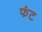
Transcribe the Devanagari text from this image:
फंट